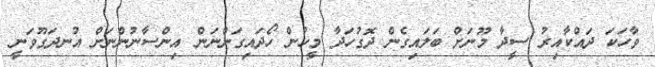
ވާހަކަ ދައްކާއިރު ސީދާ މޫނަށް ބަލައިގެން ދޮގުހަދާ މީހުން ހޯދައިގަންނަން އިންސާނުންނަށް އުނދަގޫވަނީ